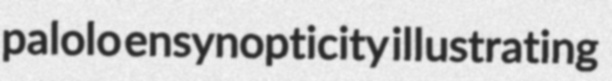
palolo ensynopticity illustrating